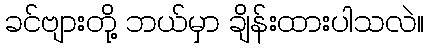
ခင်ဗျားတို့ ဘယ်မှာ ချိန်းထားပါသလဲ။